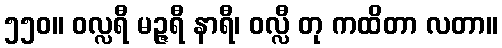
၅၅၀။ ဝလ္လရီ မဉ္ဇရီ နာရီ၊ ဝလ္လီ တု ကထိတာ လတာ။